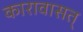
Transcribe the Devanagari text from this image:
कारावासत्